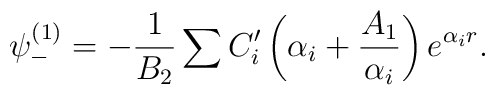
\psi _{-}^{(1)}=-\frac 1{B_2}\sum C_i^{\prime }\left( \alpha _i+ \frac{A_1}{\alpha _i}\right) e^{\alpha _ir}.